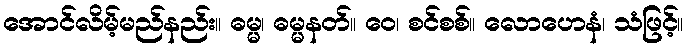
အောင်လိမ့်မည်နည်း။ ဓမ္မ၊ ဓမ္မနတ်။ ဝေ၊ စင်စစ်။ လောဟေနံ၊ သံဖြင့်။